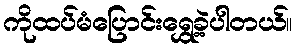
ကိုထပ်မံပြောင်းရွှေ့ခဲ့ပါတယ်။